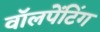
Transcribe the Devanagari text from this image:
वॉलपेंटिंग